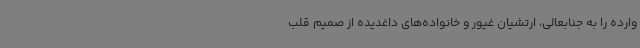
وارده را به جنابعالی، ارتشیان غیور و خانواده‌های داغدیده از صمیم قلب